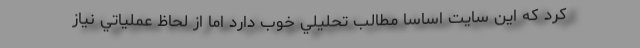
کرد كه اين سايت اساسا مطالب تحليلي خوب دارد اما از لحاظ عملياتي نياز